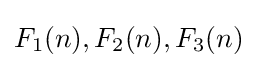
F_{1}(n),F_{2}(n),F_{3}(n)